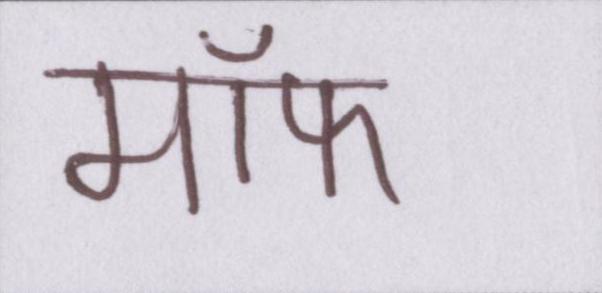
मॉफ